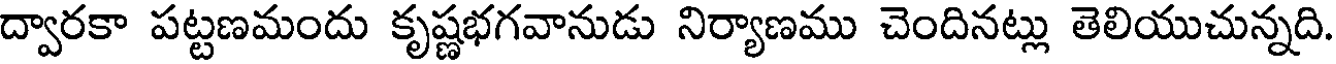
ద్వారకా పట్టణమందు కృష్ణభగవానుడు నిర్యాణము చెందినట్లు తెలియుచున్నది.